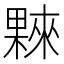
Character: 𣛤